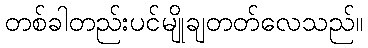
တစ်ခါတည်းပင်မျိုချတတ်လေသည်။